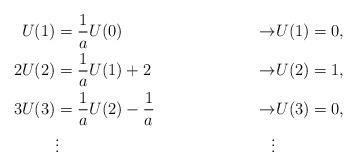
LaTeX: \begin{align*}U(1) &= \frac{1}{a} U(0) &\rightarrow& U(1)=0, \\2U(2) &= \frac{1}{a} U(1) +2 &\rightarrow& U(2)=1, \\3U(3) &= \frac{1}{a} U(2) - \frac{1}{a} &\rightarrow& U(3)=0, \\ &\vdots& \vdots& \end{align*}